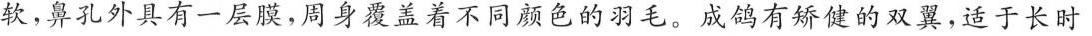
软，鼻孔外具有一层膜，周身覆盖着不同颜色的羽毛。成鸽有矫健的双翼，适于长时